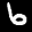
Label: 6